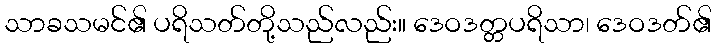
သာခသမင်၏ ပရိသတ်တို့သည်လည်း။ ဒေဝဒတ္တပရိသာ၊ ဒေဝဒတ်၏